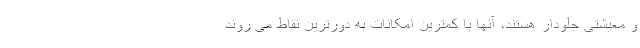
و معیشتی جلودار هستند، آنها با کمترین امکانات به دورترین نقاط می روند